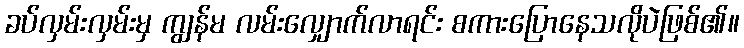
ခပ်လှမ်းလှမ်းမှ ကျွန်မ လမ်းလျှောက်လာရင်း စကားပြောနေသလိုပဲဖြစ်၏။